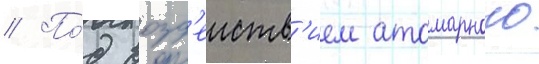
// По́д возд'еиств'ием атомарного